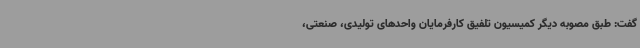
گفت: طبق مصوبه دیگر کمیسیون تلفیق کارفرمایان واحدهای تولیدی، صنعتی،